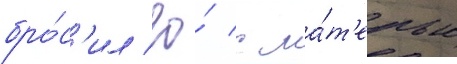
бро́с'ил ео́ с ма́т'ерью